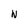
Character: N